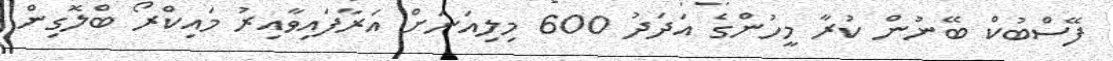
ފޭސްބުކް ބޭނުން ކުރާ މީހުންގެ އަދަދު 600 މިލިއަނަށް އަރާފައިވާއިރު މައިކްރޯ ބްލޮގިން